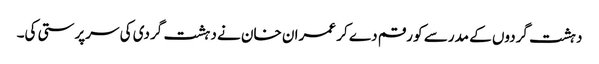
دہشت گردوں کے مدرسے کو رقم دے کر عمران خان نے دہشت گردی کی سرپرستی کی۔